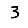
Digit: 3